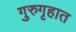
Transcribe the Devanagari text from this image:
गुरुगृहात